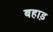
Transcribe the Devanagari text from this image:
बहाड़